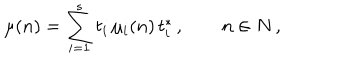
LaTeX: \mu ( n ) = \sum _ { i = 1 } ^ { s } t _ { i } \, \mu _ { i } ( n ) \, t _ { i } ^ { * } \, , \qquad n \in N \, ,